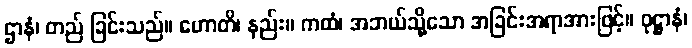
ဌာနံ၊ တည် ခြင်းသည်။ ဟောတိ၊ နည်း။ ကထံ၊ အဘယ်သို့သော အခြင်းအရာအားဖြင့်။ ဝုဋ္ဌာနံ၊